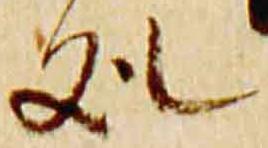
処